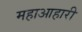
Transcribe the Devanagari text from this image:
महाआहारी